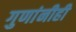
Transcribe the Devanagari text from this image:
गुणांनीही